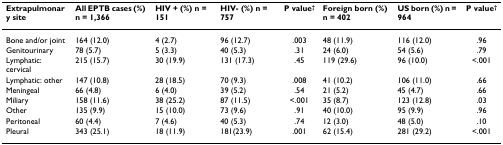
| Extrapulmonary site | All EPTB cases (%) n = 1,366 | HIV + (%) n = 151 | HIV- (%) n = 757 | P value† | Foreign born (%) n = 402 | US born (%) n = 964 | P value† |
 | --- | --- | --- | --- | --- | --- | --- | --- |
 | Bone and/or joint | 164 (12.0) | 4 (2.7) | 96 (12.7) | .003 | 48 (11.9) | 116 (12.0) | .96 |
 | Genitourinary | 78 (5.7) | 5 (3.3) | 40 (5.3) | .31 | 24 (6.0) | 54 (5.6) | .79 |
 | Lymphatic: cervical | 215 (15.7) | 30 (19.9) | 131 (17.3) | .45 | 119 (29.6) | 96 (10.0) | <.001 |
 | Lymphatic: other | 147 (10.8) | 28 (18.5) | 70 (9.3) | .008 | 41 (10.2) | 106 (11.0) | .66 |
 | Meningeal | 66 (4.8) | 6 (4.0) | 39 (5.2) | .54 | 21 (5.2) | 45 (4.7) | .66 |
 | Miliary | 158 (11.6) | 38 (25.2) | 87 (11.5) | <.001 | 35 (8.7) | 123 (12.8) | .03 |
 | Other | 135 (9.9) | 15 (10.0) | 73 (9.6) | .91 | 40 (10.0) | 95 (9.9) | .96 |
 | Peritoneal | 60 (4.4) | 7 (4.6) | 40 (5.3) | .74 | 12 (3.0) | 48 (5.0) | .10 |
 | Pleural | 343 (25.1) | 18 (11.9) | 181(23.9) | .001 | 62 (15.4) | 281 (29.2) | <.001 |